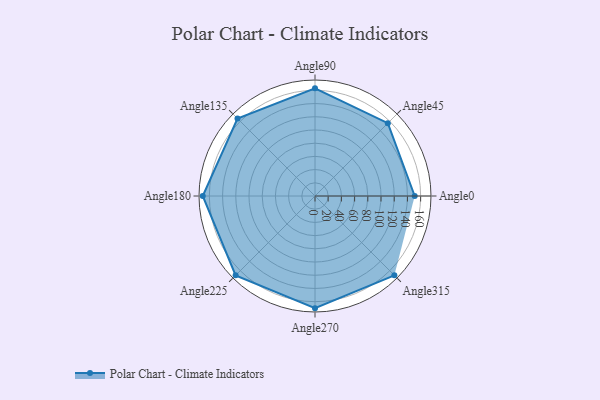
{"axis": {"x": "Angle", "y": "Radius"}, "legend": [""], "data": [{"x": "Angle0", "y": 151.0, "type": ""}, {"x": "Angle45", "y": 156.0, "type": ""}, {"x": "Angle90", "y": 163.0, "type": ""}, {"x": "Angle135", "y": 166.0, "type": ""}, {"x": "Angle180", "y": 170, "type": ""}, {"x": "Angle225", "y": 170, "type": ""}, {"x": "Angle270", "y": 170, "type": ""}, {"x": "Angle315", "y": 170, "type": ""}]}